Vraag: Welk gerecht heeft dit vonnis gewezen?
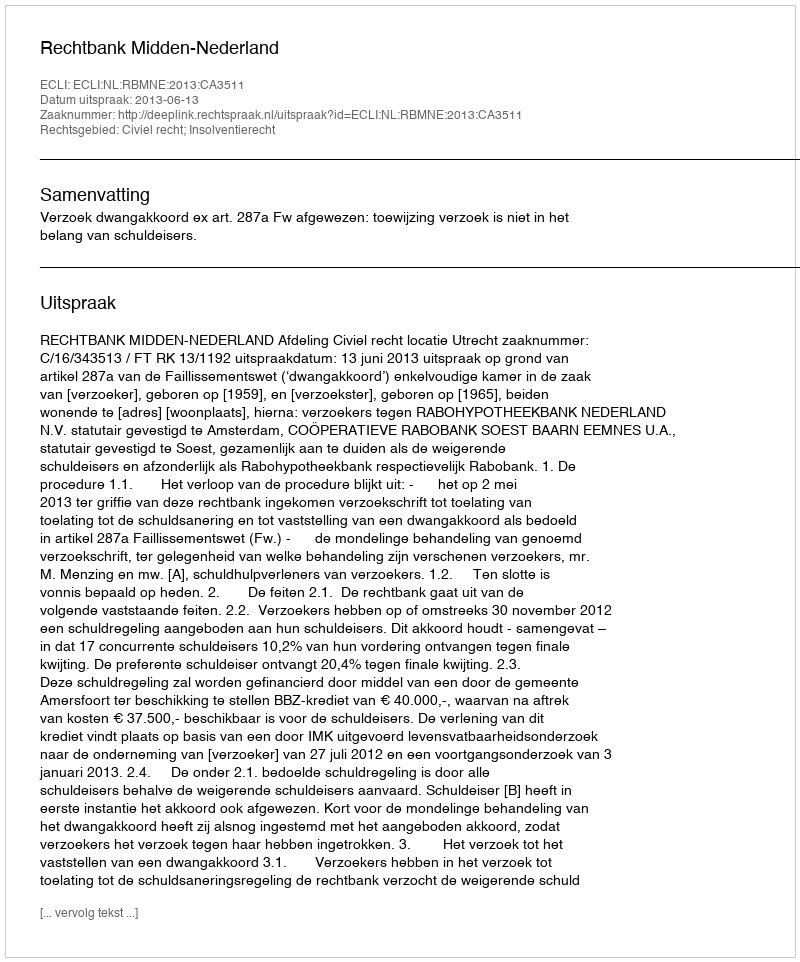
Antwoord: Rechtbank Midden-Nederland